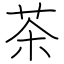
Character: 茶